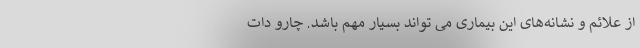
از علائم و نشانه‌های این بیماری می تواند بسیار مهم باشد. چارو دات